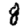
Digit: 8